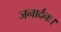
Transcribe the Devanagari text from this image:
जनार्दनः।